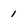
Character: 1